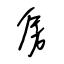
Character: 房